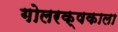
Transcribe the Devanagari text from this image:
गोलरक्षकाला